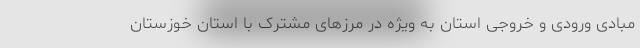
مبادی ورودی و خروجی استان به ویژه در مرزهای مشترک با استان خوزستان